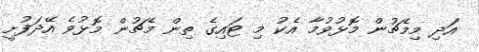
އަދި މިމެޗުން މޮޅުވުމާ އެކު މި ޓައިގެ ތިން މެޗުން މޮޅުވެ އޭދަފުށީ